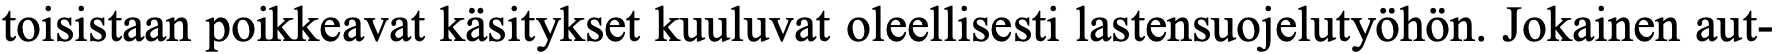
toisistaan poikkeavat käsitykset kuuluvat oleellisesti lastensuojelutyöhön. Jokainen aut-